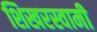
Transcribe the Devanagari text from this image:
शिखरस्वामी